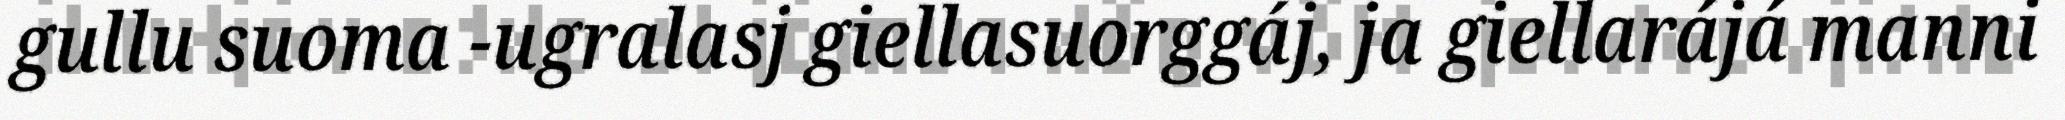
gullu suoma -ugralasj giellasuorggáj, ja giellarájá manni